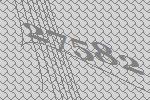
27582